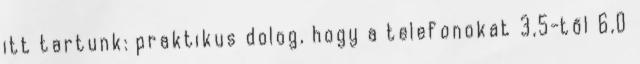
itt tartunk: praktikus dolog, hogy a telefonokat 3,5-től 6,0